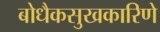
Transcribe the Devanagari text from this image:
बोधैकसुखकारिणे